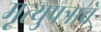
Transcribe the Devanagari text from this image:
मृत्युपत्राचे